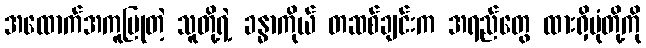
အထောက်အကူပြုတဲ့ သူတို့ရဲ့ ခန္ဓာကိုယ် တဆစ်ချင်းက အရည်တွေ ထားရှိပုံတို့ကို